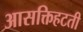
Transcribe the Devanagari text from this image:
आसक्तिहटती